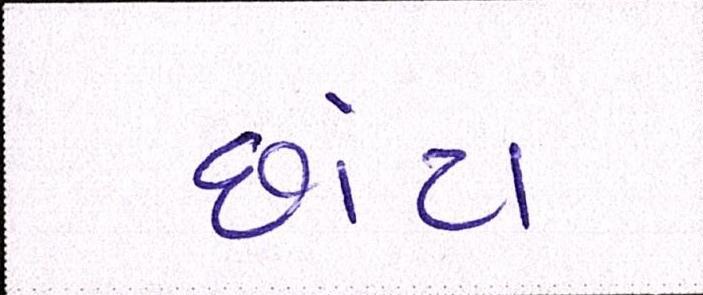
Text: છાંટા